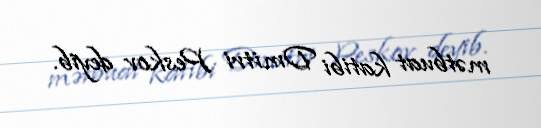
mətbuat katibi Dmitri Peskov deyib.